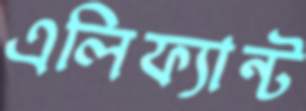
এলিফ্যান্ট